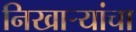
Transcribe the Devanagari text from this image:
निखाऱ्यांचा